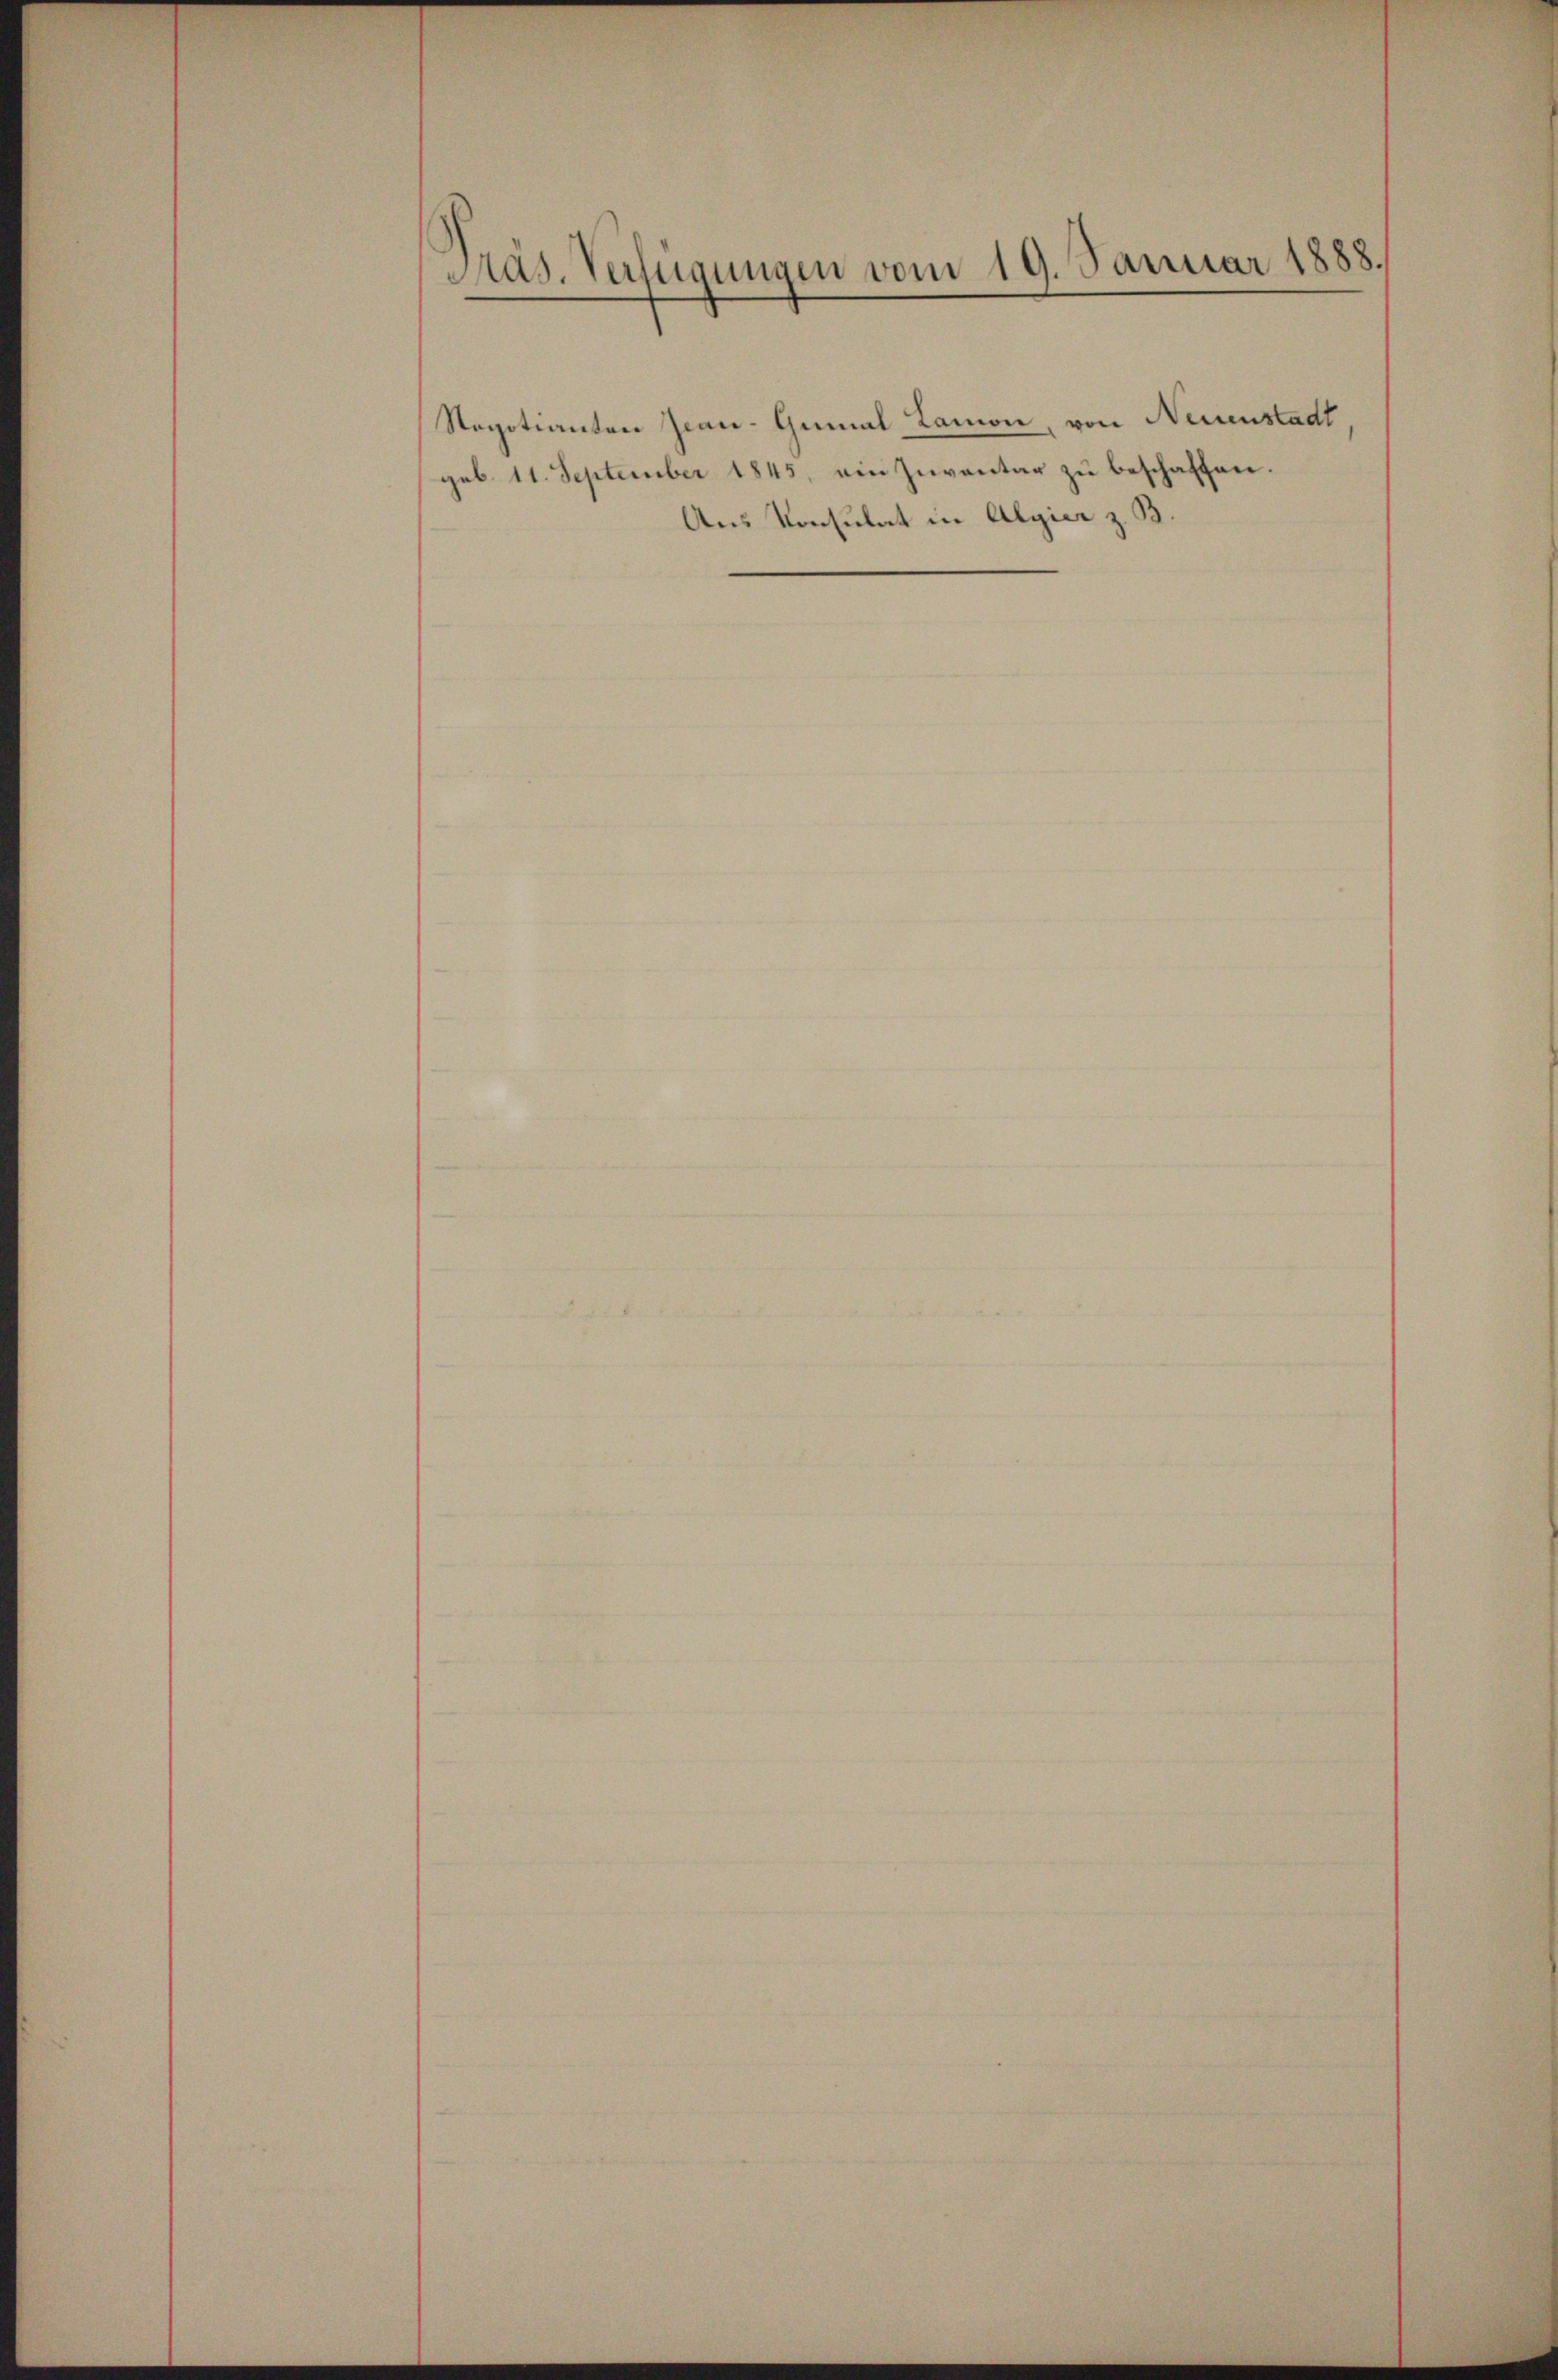
Präs. Verfügungen vom 19. Januar 1888.

Stegotianten Jean-Gunal Ramon, von Neuenstadt
geb. 11. September 1845, ein Inventar zu beschaffen.
Aus Konsulat in Algier z. B.